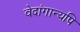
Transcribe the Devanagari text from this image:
वेदांगान्यपि